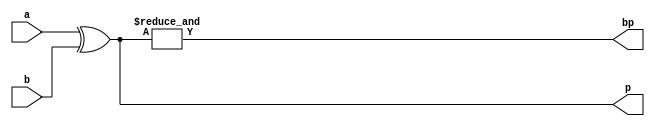
`timescale 1ns / 1ps
//////////////////////////////////////////////////////////////////////////////////
// Company: 
// Engineer: 
// 
// Design Name: 
// Module Name:    generate_p 
// Project Name: 
// Target Devices: 
// Tool versions: 
// Description: 
//
// Dependencies: 
//
// Revision: 
// Revision 0.01 - File Created
// Additional Comments: 
//
//////////////////////////////////////////////////////////////////////////////////
module generate_p(
    input [3:0] a,b,
    output [3:0] p,
    output bp
    );

    assign p= a^b;//get all propagate bits
    assign bp= &p;// and p0p1p2p3 bits

endmodule